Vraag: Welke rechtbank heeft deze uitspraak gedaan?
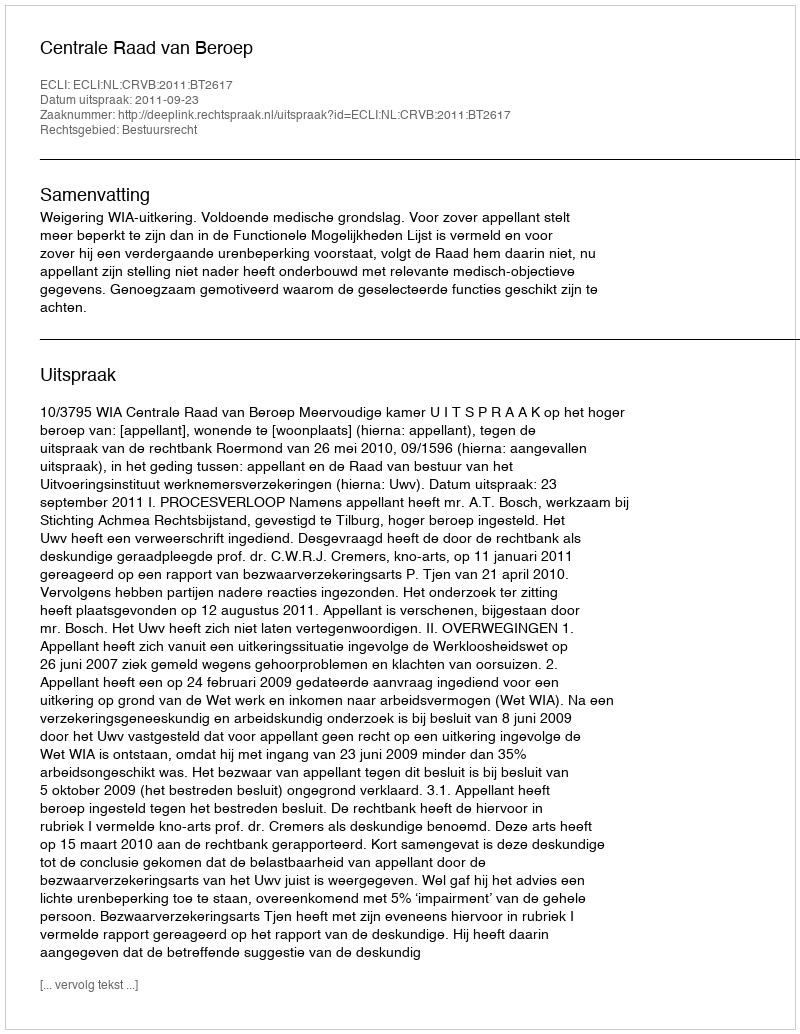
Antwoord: Centrale Raad van Beroep